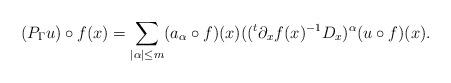
LaTeX: \begin{align*} ( P_\Gamma u ) \circ f (x) = \sum_{ |\alpha | \leq m } (a_\alpha \circ f ) ( x ) ( ({}^t \partial_x f ( x) ^{-1} D_{ x })^\alpha ( u \circ f ) ( x) . \end{align*}